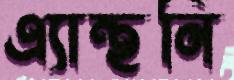
এ্যান্থনি